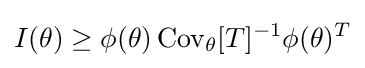
I(\theta )\geq \phi (\theta )\operatorname {Cov} _{\theta }[T]^{-1}\phi (\theta )^{T}